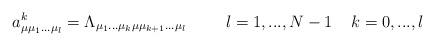
\begin{align*}a^{k}_{\mu \mu_{1}...\mu_{l}}=\Lambda_{\mu_{1}...\mu_{k} \mu \mu_{k+1}... \mu_{l}}\hspace{1cm} l=1,...,N-1 \;\;\;\; k=0,...,l\end{align*}